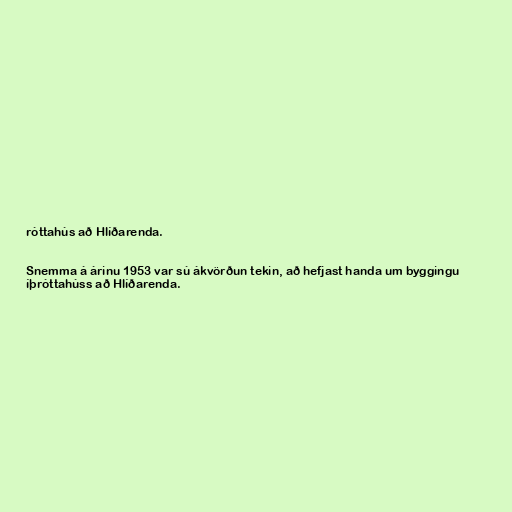
róttahús að Hlíðarenda.

Snemma á árinu 1953 var sú ákvörðun tekin, að hefjast handa um byggingu
íþróttahúss að Hlíðarenda.